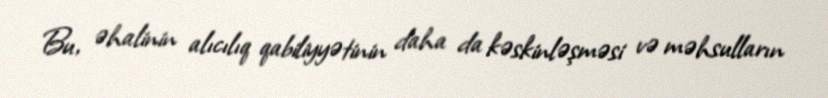
Bu, əhalinin alıcılıq qabiliyyətinin daha da kəskinləşməsi və məhsulların